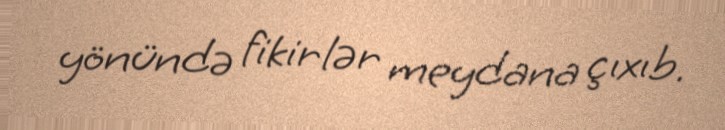
yönündə fikirlər meydana çıxıb.